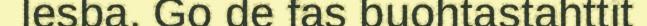
lesba. Go de fas buohtastahttit